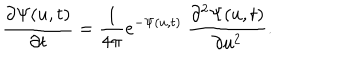
LaTeX: \frac { \partial \Psi ( u , t ) } { \partial t } = \frac { 1 } { 4 \pi } e ^ { - \Psi ( u , t ) } \ \frac { \partial ^ { 2 } \Psi ( u , t ) } { \partial u ^ { 2 } } .